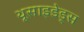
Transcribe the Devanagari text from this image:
थूसाइडेड्स